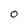
Character: O